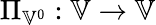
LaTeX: \Pi_{\mathbb{V}^{0}}:\mathbb{V}\to\mathbb{V}